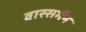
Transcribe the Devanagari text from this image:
वास्सर्मेंन